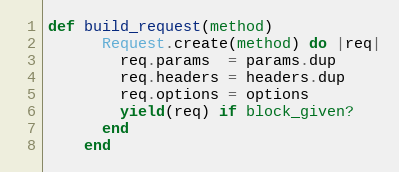
Language: Ruby
def build_request(method)
      Request.create(method) do |req|
        req.params  = params.dup
        req.headers = headers.dup
        req.options = options
        yield(req) if block_given?
      end
    end